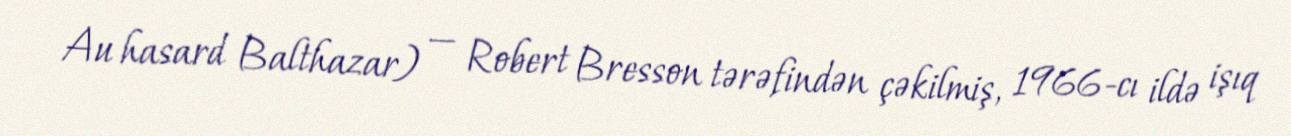
Au hasard Balthazar) — Robert Bresson tərəfindən çəkilmiş, 1966-cı ildə işıq